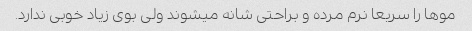
موها را سریعا نرم مرده و براحتی شانه میشوند ولی بوی زیاد خوبی ندارد.